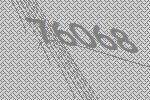
76068